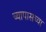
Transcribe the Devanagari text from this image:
च्यापासच्या